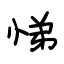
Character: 悌